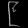
Digit: ၉